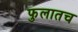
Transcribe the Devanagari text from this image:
फुलातच